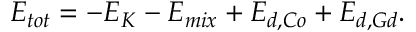
E _ { t o t } = - E _ { K } - E _ { m i x } + E _ { d , C o } + E _ { d , G d } .